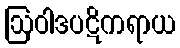
ဩဝါဒပဋိကရာယ